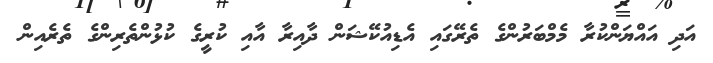
އަދި އައްޔަންކުރާ މެމްބަރުންގެ ތެރޭގައި އެޑިއުކޭޝަން ދާއިރާ އާއި ކުރީގެ ކުޅުންތެރިންގެ ތެރެއިން